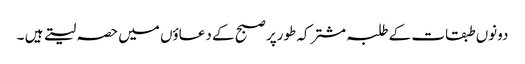
دونوں طبقات کے طلبہ مشترکہ طورپر صبح کے دعاؤں میں حصہ لیتے ہیں ۔